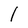
Character: l